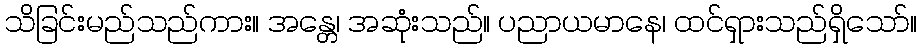
သိခြင်းမည်သည်ကား။ အန္တေ၊ အဆုံးသည်။ ပညာယမာနေ၊ ထင်ရှားသည်ရှိသော်။